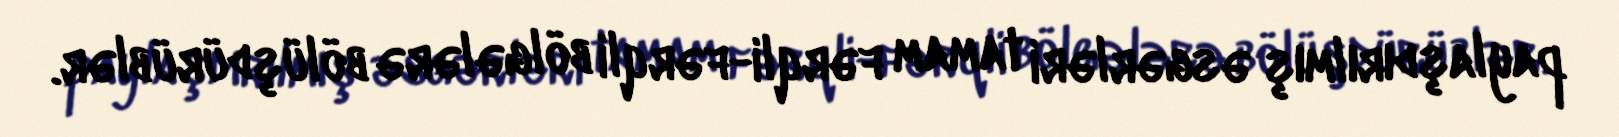
paylaşdırılmış əsgərləri tamam fərqli-fərqli bölgələrə bölüşdürüblər.